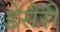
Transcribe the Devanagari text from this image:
डेसैरी